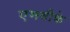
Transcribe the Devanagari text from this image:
एमवीके